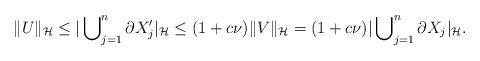
LaTeX: \begin{align*}\Vert U \Vert_{\cal H} \le |\bigcup\nolimits^n_{j=1} \partial X'_j|_{\cal H} \le (1+c\nu)\Vert V \Vert_{\cal H} = (1+c\nu)|\bigcup\nolimits^n_{j=1} \partial X_j|_{\cal H}.\end{align*}